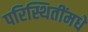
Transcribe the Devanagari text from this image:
परिस्थितींमधे